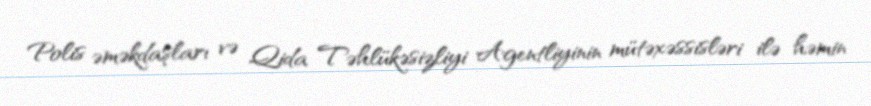
Polis əməkdaşları və Qida Təhlükəsizliyi Agentliyinin mütəxəssisləri ilə həmin